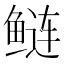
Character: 鲢